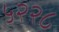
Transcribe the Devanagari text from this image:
५२२८